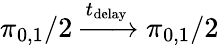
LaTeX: \pi_{0,1}/2\xrightarrow{t_{\textrm{delay}}}\pi_{0,1}/2